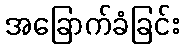
အခြောက်ခံခြင်း